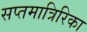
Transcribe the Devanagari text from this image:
सप्तमात्रिरिका